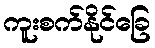
ကူးစက်နိုင်ခြေ